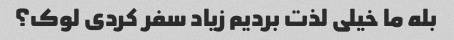
بله ما خیلی لذت بردیم زیاد سفر کردی لوک؟